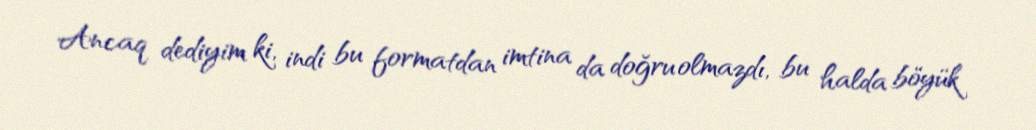
Ancaq dediyim ki, indi bu formatdan imtina da doğru olmazdı, bu halda böyük